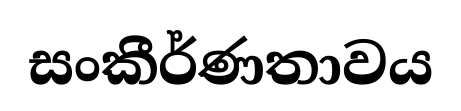
සංකීර්ණතාවය